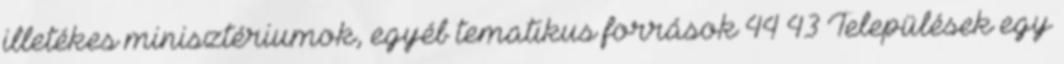
illetékes minisztériumok, egyéb tematikus források 44 43 Települések egy